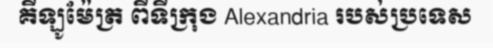
គីឡូម៉ែត្រ ពីទីក្រុង Alexandria របស់ប្រទេស